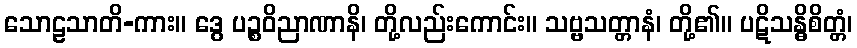
သောဠသာတိ-ကား။ ဒွေ ပဉ္စဝိညာဏာနိ၊ တို့လည်းကောင်း။ သဗ္ဗသတ္တာနံ၊ တို့၏။ ပဋိသန္ဓိစိတ္တံ၊